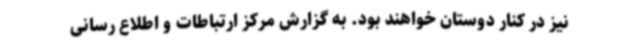
نیز در کنار دوستان خواهند بود. به گزارش مرکز ارتباطات و اطلاع رسانی